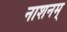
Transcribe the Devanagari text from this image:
नाशनम्‌